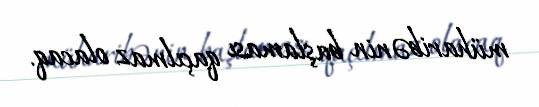
müharibənin başlaması qaçılmaz olacaq.